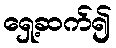
ရှေ့ဆက်၍